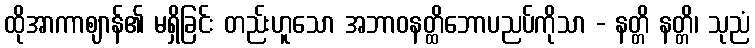
ထိုအာကာဈာန်၏ မရှိခြင်း တည်းဟူသော အဘာဝနတ္ထိဘောပညပ်ကိုသာ - နတ္တိ နတ္တိ၊ သုညံ